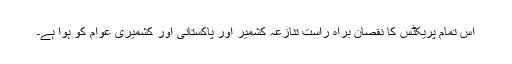
اس تمام پریکٹس کا نقصان براہ راست تنازعہ کشمیر اور پاکستانی اور کشمیری عوام کو ہوا ہے۔